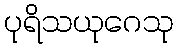
ပုရိသယုဂေသု